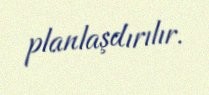
planlaşdırılır.